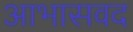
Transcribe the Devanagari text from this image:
आभासवद